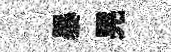
暴晃